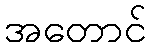
အတောင်